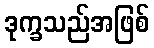
ဒုက္ခသည်အဖြစ်